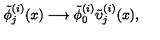
\tilde { \phi } _ { j } ^ { ( i ) } ( x ) \longrightarrow \tilde { \phi } _ { 0 } ^ { ( i ) } \tilde { \upsilon } _ { j } ^ { ( i ) } ( x ) ,